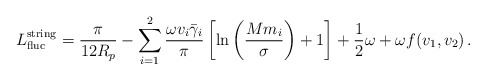
\begin{align*}L^{{\rm string}}_{{\rm fluc}} = \frac{\pi}{12 R_p} - \sum_{i=1}^2\frac{\omega v_i \bar\gamma_i}{\pi} \left[ \ln\left(\frac{Mm_i}{\sigma}\right) + 1 \right]+ \frac{1}{2} \omega + \omega f(v_1, v_2) \,.\end{align*}